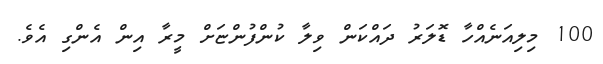
100 މިލިއަނެއްހާ ޑޮލަރު ދައްކަން ވިލާ ކުންފުންޏަށް މީރާ އިން އެންގި އެވެ.